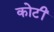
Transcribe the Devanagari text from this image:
कोटीं